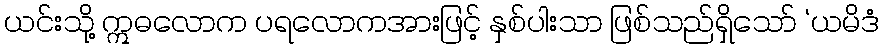
ယင်းသို့ ဣဓလောက ပရလောကအားဖြင့် နှစ်ပါးသာ ဖြစ်သည်ရှိသော် ‘ယမိဒံ